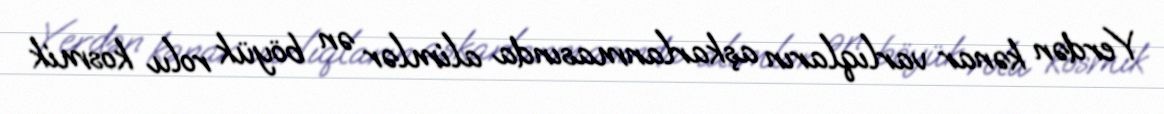
Yerdən kənar varlıqların aşkarlanmasında alimlər ən böyük rolu kosmik